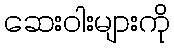
ဆေးဝါးများကို